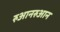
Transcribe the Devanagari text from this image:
रुआनरुआन